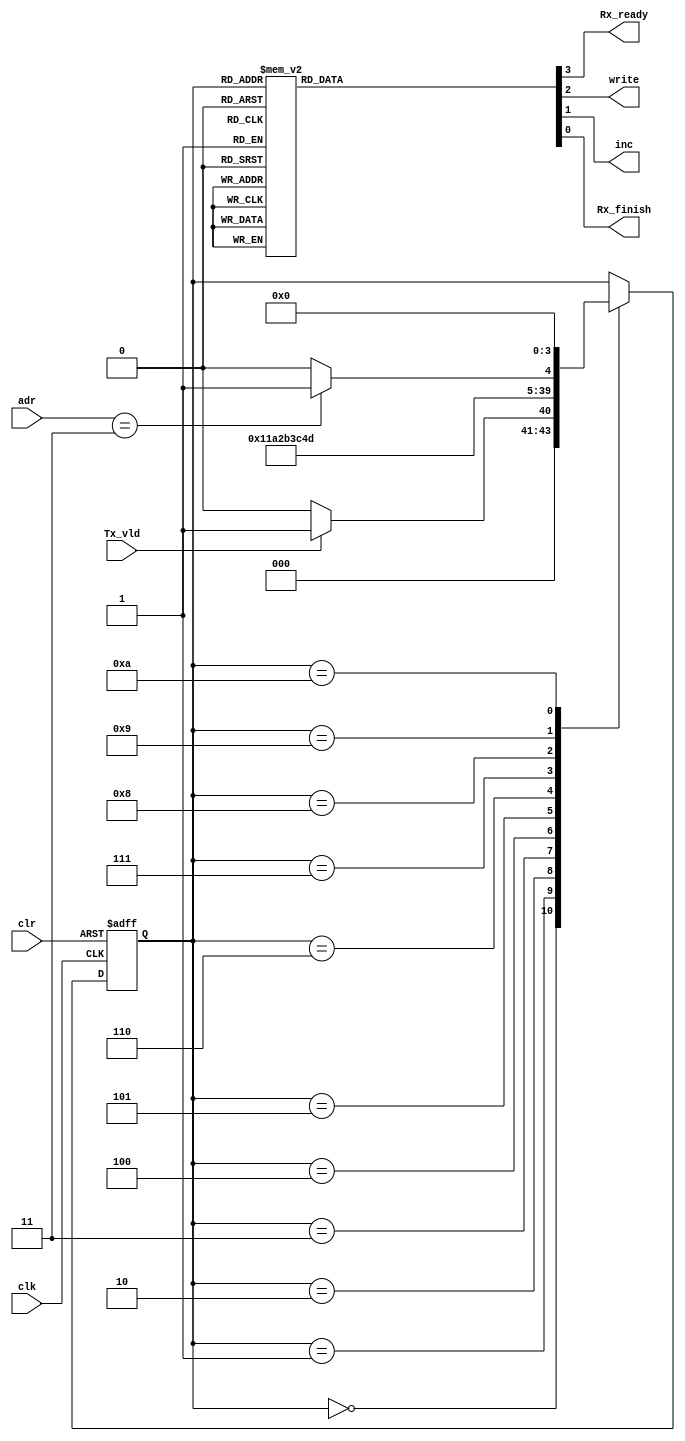
`timescale 1ns/1ns

module SM_RX (
    input wire clk,
    input wire clr,
    input wire Tx_vld,
    input wire [1:0] adr,
    output wire Rx_ready,
    output wire write,
    output wire inc,
    output wire Rx_finish
);

    reg [3:0] state;  // State register
    reg [3:0] out;    // Output register to control Rx_ready, write, inc, Rx_finish

    // Declare states
    parameter wait_tx_vld   = 4'h0;  // Waiting for valid data from Tx
    parameter sh1           = 4'h1;  // Starting inserting data to shift register
    parameter sh2           = 4'h2;  // Shift right (1)
    parameter sh3           = 4'h3;  // Shift right (2)
    parameter sh4           = 4'h4;  // Shift right (3)
    parameter sh5           = 4'h5;  // Shift right (4)
    parameter sh6           = 4'h6;  // Shift right (5)
    parameter sh7           = 4'h7;  // Shift right (6)
    parameter sh8           = 4'h8;  // Shift right (7)
    parameter write_mem     = 4'h9;  // Inserting data to RAM memory
    parameter inc_adrs      = 4'hA;  // Next memory cell in RAM memory
    parameter finish_rx     = 4'hB;  // Received all the data

    // Output assignment based on current state
    assign {Rx_ready, write, inc, Rx_finish} = out;

    // State transition block
    always @(posedge clk or negedge clr) begin
        if (~clr) 
            state <= wait_tx_vld;  // Initial state after reset
        else begin
            case (state)
                wait_tx_vld:    state <= (Tx_vld == 1) ? sh1 : wait_tx_vld;  // Wait for valid data from Tx
                sh1:            state <= sh2;
                sh2:            state <= sh3;
                sh3:            state <= sh4;
                sh4:            state <= sh5;
                sh5:            state <= sh6;
                sh6:            state <= sh7;
                sh7:            state <= sh8;
                sh8:            state <= write_mem;
                write_mem:      state <= (adr == 2'b11) ? finish_rx : inc_adrs;  // Check if last memory cell, then finish_rx else inc_adrs
                inc_adrs:       state <= wait_tx_vld;  // Go back to waiting for new data
            endcase
        end
    end

    // Output logic for Rx_ready, write, inc, Rx_finish based on state
    always @* begin
        case (state)
            wait_tx_vld:    out = 4'b1000;  // Rx_ready = 1, write = 0, inc = 0, Rx_finish = 0
            sh1, sh2, sh3, sh4, sh5, sh6, sh7, sh8:  out = 4'b0000;  // All outputs are 0 during shifting
            write_mem:      out = 4'b0100;  // Rx_ready = 0, write = 1, inc = 0, Rx_finish = 0
            inc_adrs:       out = 4'b0010;  // Rx_ready = 0, write = 0, inc = 1, Rx_finish = 0
            finish_rx:      out = 4'b0001;  // Rx_ready = 0, write = 0, inc = 0, Rx_finish = 1
            default:        out = 4'b0000;  // Default state, all outputs are 0
        endcase
    end

endmodule